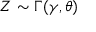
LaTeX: Z \sim \Gamma ( \gamma , \theta )